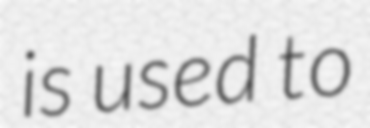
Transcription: is used to